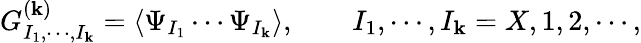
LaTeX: G_{I_{1},\cdots,I_{\mathbf{k}}}^{(\mathbf{k})}=\langle\Psi_{I_{1}}\cdots\Psi_{I_{\mathbf{k}}}\rangle,~~~~~~~~I_{1},\cdots,I_{\mathbf{k}}=X,1,2,\cdots,